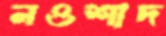
নওশাদ